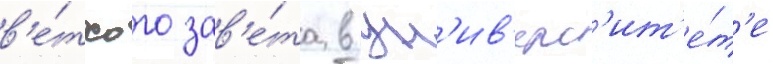
в'е́тхого зав'е́та в ун'ив'ерс'ит'е́т'е